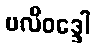
ဗလိဝဒ္ဒေါ